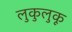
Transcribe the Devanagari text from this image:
लुकुलुकू